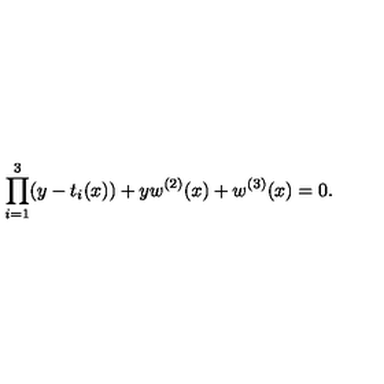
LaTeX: \prod _ { i = 1 } ^ { 3 } ( y - t _ { i } ( x ) ) + y w ^ { ( 2 ) } ( x ) + w ^ { ( 3 ) } ( x ) = 0 .